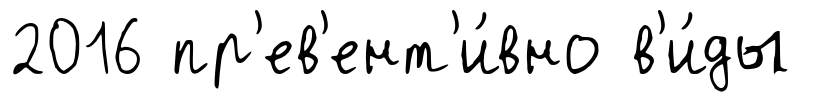
2016 пр'ев'ент'и́вно в'и́ды